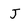
Character: J